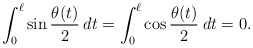
\begin{align*} \int_0^\ell \sin \frac{\theta(t)}{2} \: dt = \int_0^\ell \cos \frac{\theta(t)}{2} \: dt = 0. \end{align*}